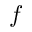
f